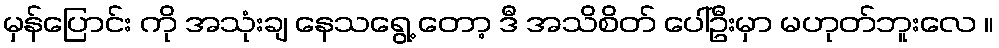
မှန်ပြောင်း ကို အသုံးချ နေသရွေ့ တော့ ဒီ အသိစိတ် ပေါ်ဦးမှာ မဟုတ်ဘူးလေ ။